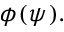
\phi ( \psi ) .